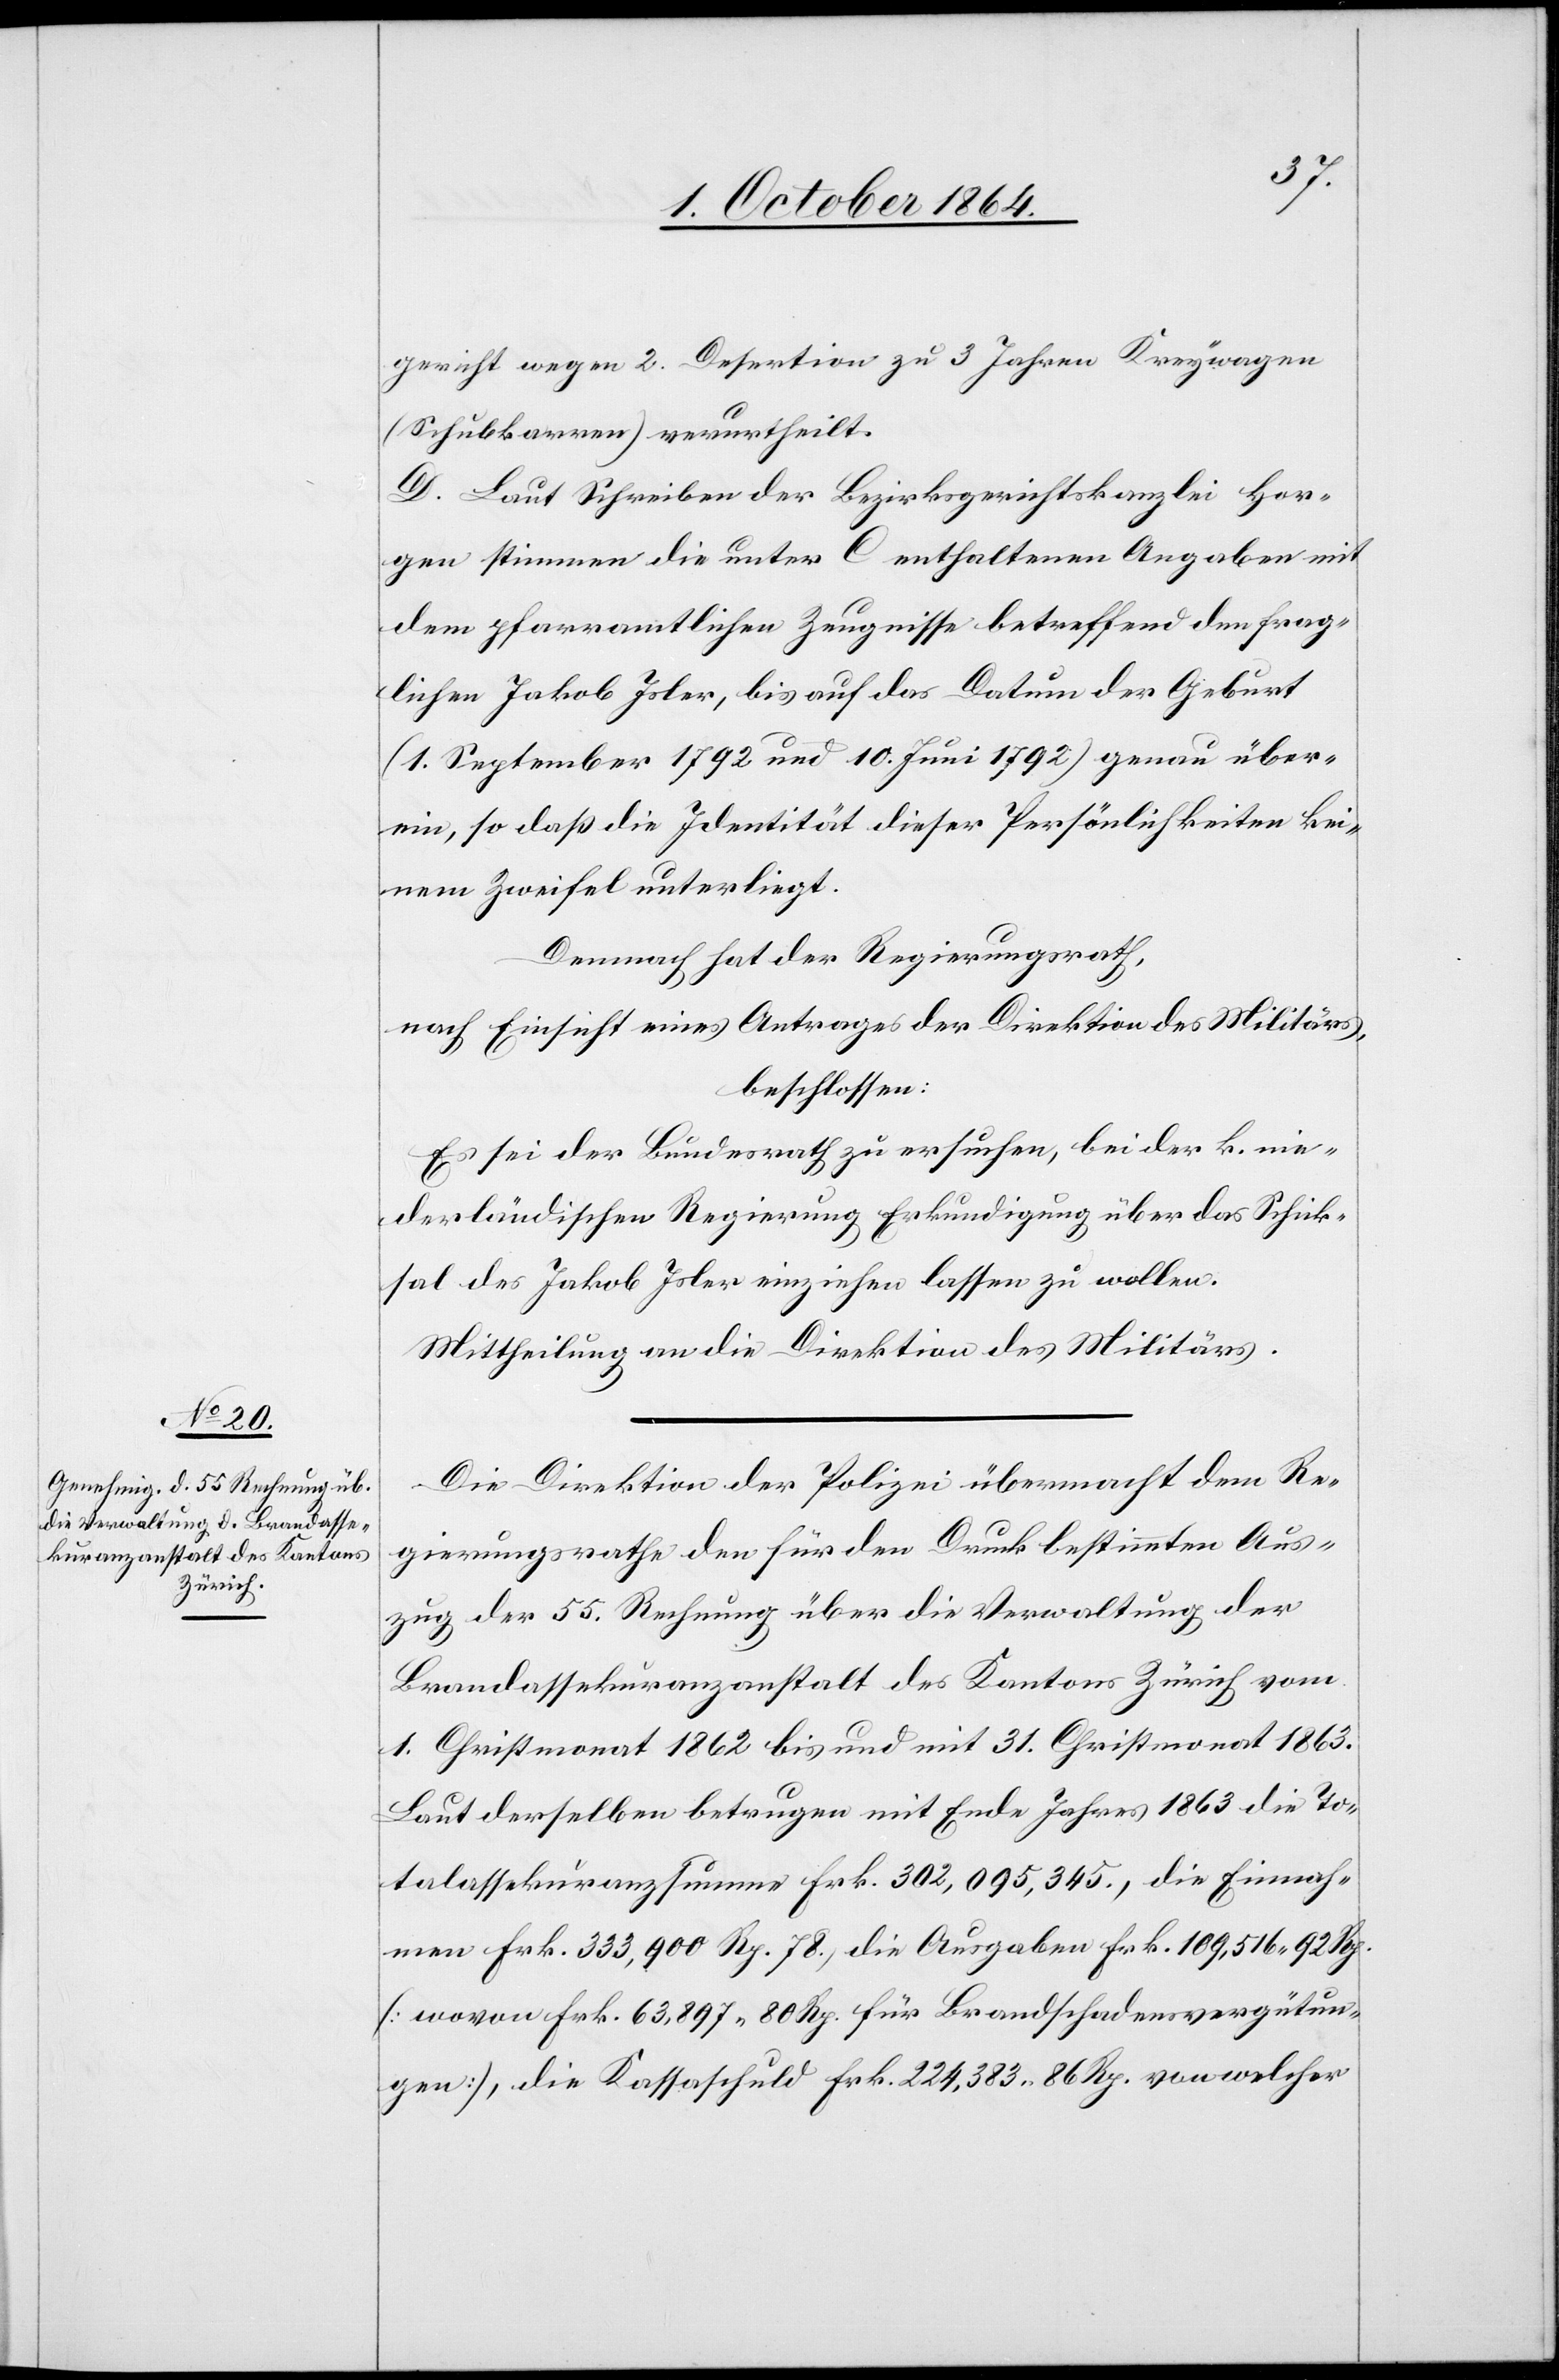
gericht wegen 2. Desertion zu 3 Jahren Kreywagen
(Schubkarren) verurtheilt.
D. Laut Schreiben der Bezirksgerichtskanzlei Hor¬
gen stimmen die unter C enthaltenen Angaben mit
dem pfarramtlichen Zeugnisse betreffend den frag¬
lichen Jakob Isler, bis auf das Datum der Geburt
(1. September 1792 und 10. Juni 1792) genau über¬
ein, so daß die Identität dieser Persönlichkeiten kei¬
nem Zweifel unterliegt.
Demnach hat der Regierungsrath,
nach Einsicht eines Antrages der Direktion des Militärs,
beschlossen:
Es sei der Bundesrath zu ersuchen, bei der k. nie¬
derländischen Regierung Erkundigung über das Schick¬
sal des Jakob Isler einziehen lassen zu wollen.
Mittheilung an die Direktion des Militärs.
Die Direktion der Polizei übermacht dem Re¬
gierungsrathe den für den Druck bestimmten Aus¬
zug der 55. Rechnung über die Verwaltung der
Brandassekuranzanstalt des Kantons Zürich vom
1. Christmonat 1862 bis und mit 31. Christmonat 1863.
Laut derselben betragen mit Ende Jahres 1863 die To¬
talassekuranzsumme Frk. 302,095,345., die Einnah¬
men Frk. 333,900 Rp. 78., die Ausgaben Frk. 109,516.92 Rp.
[wovon Frk. 63,897.80 Rp für Brandschadensvergütun¬
gen], die Kassaschuld Frk. 224,383.86 Rp. von welcher